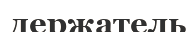
держатель